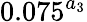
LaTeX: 0.075^{a_{3}}